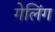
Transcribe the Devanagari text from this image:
गेलिंग